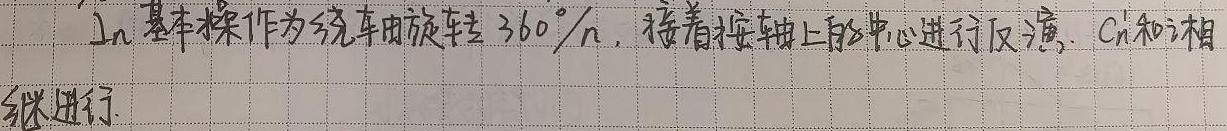
$I_n$ 基本操作为绕车轴旋转 $360^{\circ}/n$，接着按轴上的中心进行反演，$C_n^i$ 和 $i$ 相继进行.